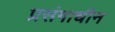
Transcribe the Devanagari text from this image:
प्रसंगाधीन